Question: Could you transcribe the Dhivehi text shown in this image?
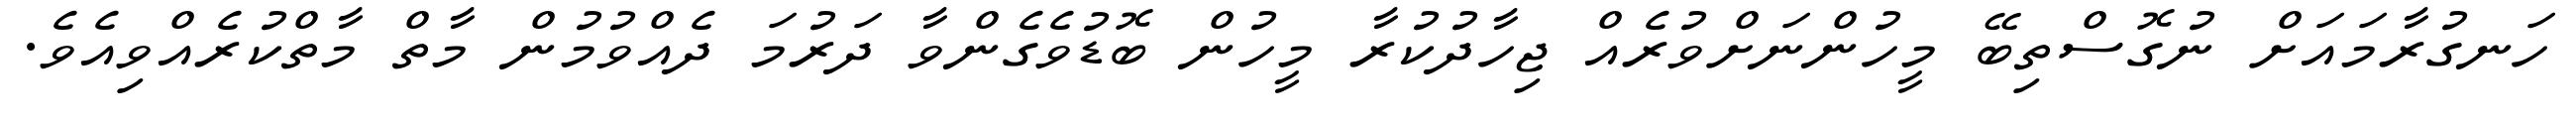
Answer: ހަނގުރާމައަށް ނުގޮސްތިބޭ މީހުންނަށްވުރެއް ޖިހާދުކުރާ މީހުން ބޮޑުވެގެންވާ ދަރުމަ ދެއްވުމުން މާތް މާތްކުރެއްވިއެވެ.